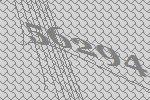
56294